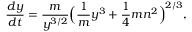
{ \frac { d y } { d t } } = { \frac { m } { y ^ { 3 / 2 } } } \Big ( { \frac { 1 } { m } } y ^ { 3 } + { \frac { 1 } { 4 } } m n ^ { 2 } \Big ) ^ { 2 / 3 } ,